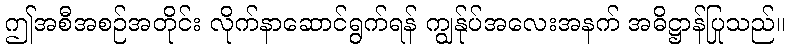
ဤအစီအစဉ်အတိုင်း လိုက်နာဆောင်ရွက်ရန် ကျွန်ုပ်အလေးအနက် အဓိဋ္ဌာန်ပြုသည်။